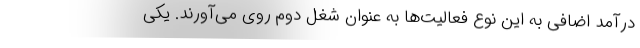
درآمد اضافی به این نوع فعالیت‌ها به عنوان شغل دوم روی می‌آورند. یکی